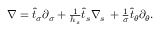
\begin{array} { r } { \nabla = \widehat { t } _ { \sigma } \partial _ { \sigma } + \frac { 1 } { h _ { s } } \widehat { t } _ { s } \nabla _ { s } \, + \frac { 1 } { \sigma } \widehat { t } _ { \theta } \partial _ { \theta } . } \end{array}